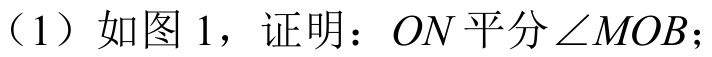
（1）如图 1，证明：\(ON\)平分\(\angle MOB\)；